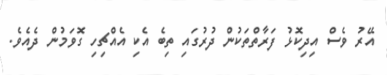
އޭރު ވެސް އިދިކޮޅު ފަރާތްތަކުން ދުރުގައި ތިބެ އެކި އެއްޗިހި ގޮވަމުން ދެއެވެ.